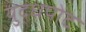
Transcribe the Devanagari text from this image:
युद्धपोट